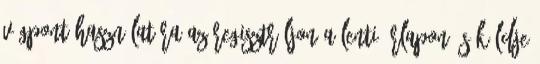
végpont használatára az regisztráljon a lenti űrlapon és küldje